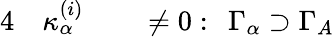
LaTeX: \begin{array}{rlrl}{{4}}&{{}\kappa_{\alpha}^{(i)}}&{}&{{}\neq 0:\; \, \Gamma_{\alpha}\supset\Gamma_{A}}\end{array}